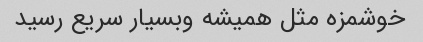
خوشمزه مثل همیشه وبسیار سریع رسید